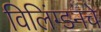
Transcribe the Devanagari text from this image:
विलिंग्डनचे